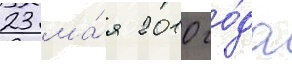
23 ма́я 2010 го́да